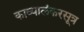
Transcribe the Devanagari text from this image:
काव्यालंकरसूत्र